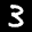
Label: 3